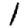
Digit: 1